Lunatic asylums Central Provinces reports 1910-1926 - 1910-1926
Year: 1910
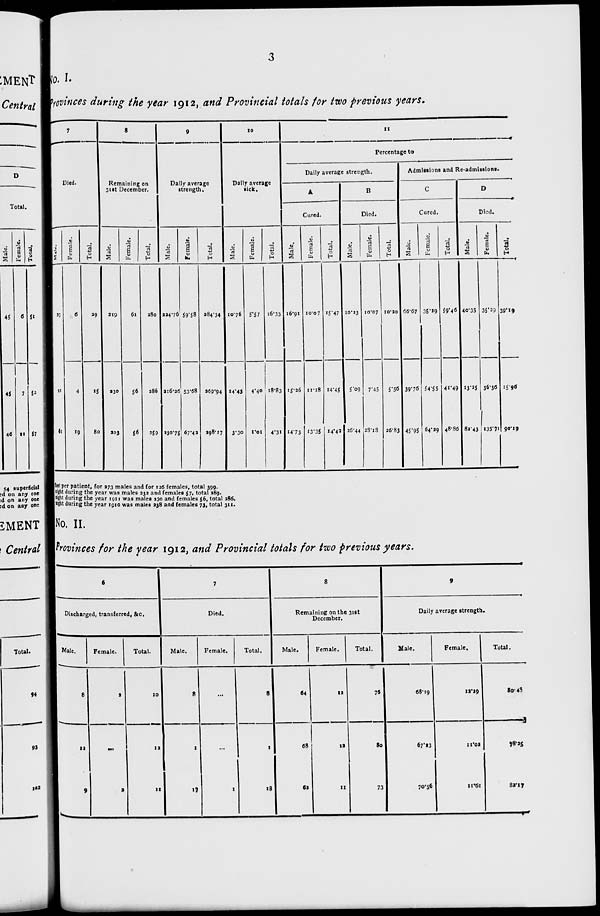
3
No. I.
Provinces during the year 1912, and Provincial totals for two previous years.
7
Died.
Male.
23
11
61
Female.
6
4
19
Total.
29
15
80
8
Remaining on
31st December.
Male.
219
230
203
Female.
61
56
56
Total.
280
286
259
9
Daily average
strength.
Male.
224.76
216.26
230.75
Female.
59.58
53.68
67.42
Total.
284.34
269.94
298.17
10
Daily average
sick.
Male.
10.76
14.43
3.30
Female.
5.57
4.40
1.01
Total.
16.33
18.83
4.31
11
Percentage to
Daily average strength.
A
Cured.
Male.
16.91
15.26
14.73
Female.
10.07
11.18
13.35
Total.
15.47
14.45
14.42
B
Died.
Male.
10.23
5.09
26.44
Female.
10.07
7.45
28.18
Total.
10.20
5.56
26.83
Admissions and Re-admissions.
C
Cured.
Male.
66.67
39.76
45.95
Female.
35.29
54.55
64.29
Total.
59.46
41.49
48.86
D
Died.
Male.
40.35
13.25
82.43
Female.
35.29
36.36
135.71
Total.
39.19
15.96
90.19
feet per patient, for 273 males and for 126 females, total 399.
night during the year was males 232 and females 57, total 289.
night during the year 1911 was males 230 and females 56, total 286.
night during the year 1910 was males 238 and females 73, total 311.
No. II.
Provinces for the year 1912, and Provincial totals for two previous years.
6
Discharged, transferred, &c.
Male.
8
12
9
Female.
2
...
2
Total.
10
12
11
7
Died.
Male.
8
1
17
Female.
...
...
1
Total.
8
1
18
8
Remaining on the 31st
December.
Male.
64
68
62
Female.
12
12
11
Total.
76
80
73
9
Daily average strength.
Male.
68.19
67.23
70.56
Female.
12.29
11.02
11.61
Total.
80.48
78.25
82.17